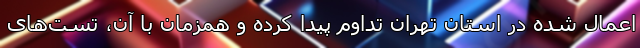
اعمال شده در استان تهران تداوم پیدا کرده و همزمان با آن، تست‌های